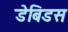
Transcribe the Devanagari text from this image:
डेबिडस